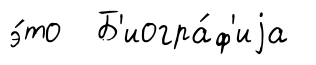
э́то Б'иогра́ф'иjа